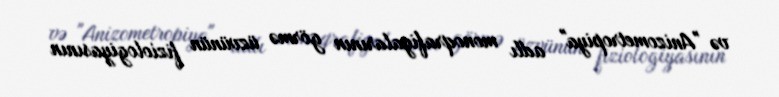
və "Anizometropiya" adlı monoqrafiyalarının görmə üzvünün fiziologiyasının